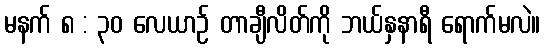
မနက် ၈ : ၃၀ လေယာဉ် တာချီလိတ်ကို ဘယ်နှနာရီ ရောက်မလဲ။